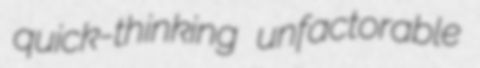
quick-thinking unfactorable